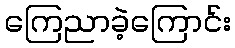
ကြေညာခဲ့ကြောင်း